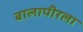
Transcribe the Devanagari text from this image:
बालापीरला